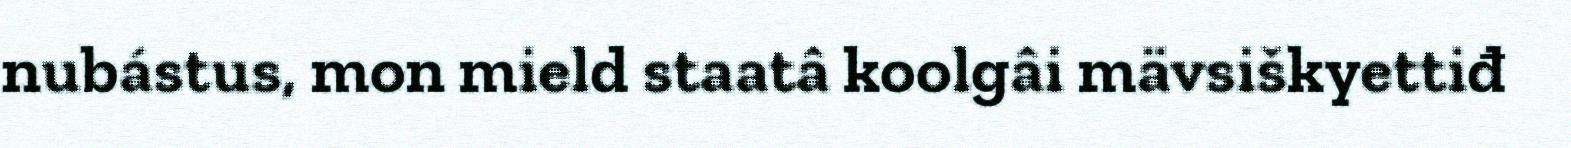
nubástus, mon mield staatâ koolgâi mävsiškyettiđ